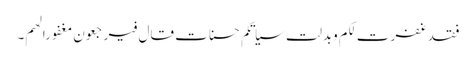
فقد غفرت لکم وبدلت سیاتکم حسنات قال فیرجعون مغفورا لھم۔